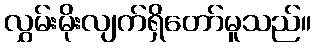
လွှမ်းမိုးလျက်ရှိတော်မူသည်။